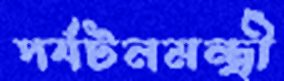
পর্যটনমন্ত্রী